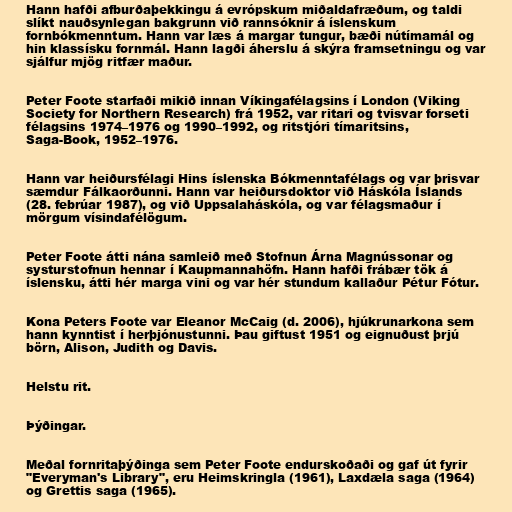
Hann hafði afburðaþekkingu á evrópskum miðaldafræðum, og taldi
slíkt nauðsynlegan bakgrunn við rannsóknir á íslenskum
fornbókmenntum. Hann var læs á margar tungur, bæði nútímamál og
hin klassísku fornmál. Hann lagði áherslu á skýra framsetningu og var
sjálfur mjög ritfær maður.

Peter Foote starfaði mikið innan Víkingafélagsins í London (Viking
Society for Northern Research) frá 1952, var ritari og tvisvar forseti
félagsins 1974–1976 og 1990–1992, og ritstjóri tímaritsins,
Saga-Book, 1952–1976.

Hann var heiðursfélagi Hins íslenska Bókmenntafélags og var þrisvar
sæmdur Fálkaorðunni. Hann var heiðursdoktor við Háskóla Íslands
(28. febrúar 1987), og við Uppsalaháskóla, og var félagsmaður í
mörgum vísindafélögum.

Peter Foote átti nána samleið með Stofnun Árna Magnússonar og
systurstofnun hennar í Kaupmannahöfn. Hann hafði frábær tök á
íslensku, átti hér marga vini og var hér stundum kallaður Pétur Fótur.

Kona Peters Foote var Eleanor McCaig (d. 2006), hjúkrunarkona sem
hann kynntist í herþjónustunni. Þau giftust 1951 og eignuðust þrjú
börn, Alison, Judith og Davis.

Helstu rit.

Þýðingar.

Meðal fornritaþýðinga sem Peter Foote endurskoðaði og gaf út fyrir
"Everyman's Library", eru Heimskringla (1961), Laxdæla saga (1964)
og Grettis saga (1965).